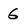
Character: 6